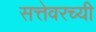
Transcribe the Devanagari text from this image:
सत्तेवरच्यी